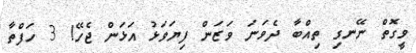
ވީގޮތް ނޭނގި ތިއްބާ ދެވަނަ ވަޒަން ފިޔަވަޅު އަޅަން ޖެހޭ! 3 ހަފްތާ